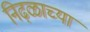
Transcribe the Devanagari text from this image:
निढ़ळाच्या